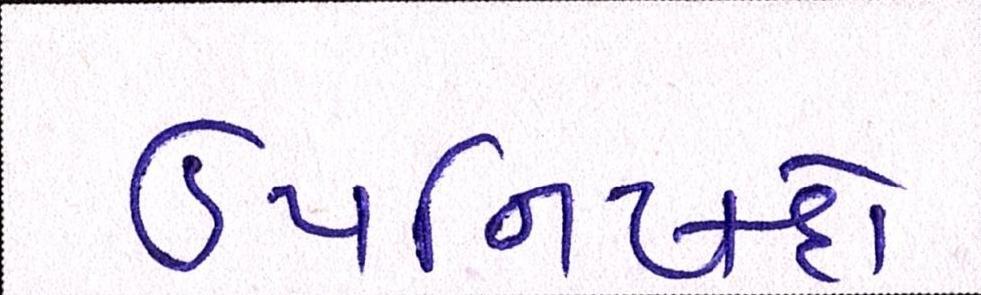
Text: ઉપનિષદો